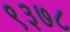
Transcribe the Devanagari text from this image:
९३७८